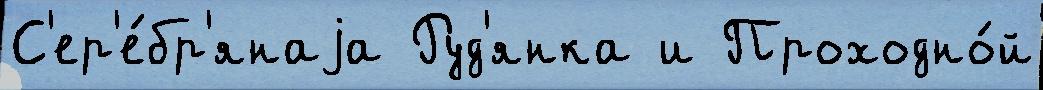
С'ер'е́бр'янаjа Руд'янка и Проходно́й